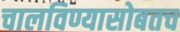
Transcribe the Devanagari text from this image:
चालविण्यासोबतच